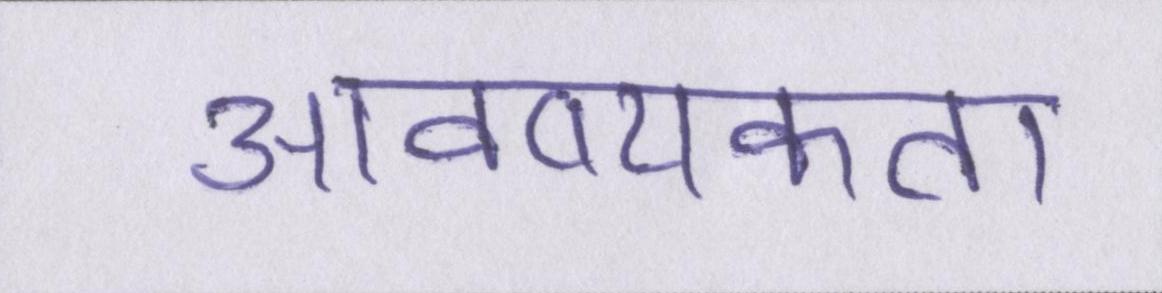
आवष्यकता